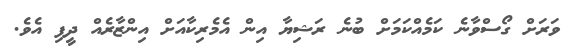
ވަރަށް ގޯސްވާނެ ކަމެއްކަމަށް ބުނެ ރަޝިޔާ އިން އެމެރިކާއަށް އިންޒާރެއް ދީފި އެވެ.